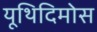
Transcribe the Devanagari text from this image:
यूथिदिमोस